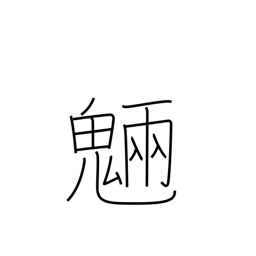
Meaning: spirits of trees and rocks